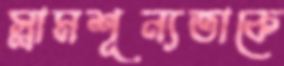
স্লামশূন্যতাকে